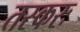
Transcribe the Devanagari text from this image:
तस्करः